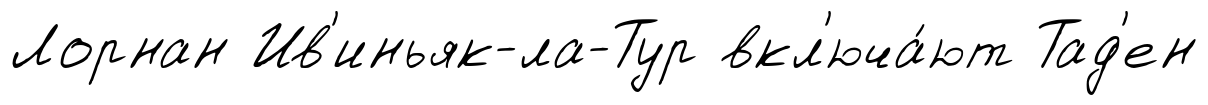
Лорнан Ив'иньяк-ла-Тур вкл'юча́ют Тад'ен